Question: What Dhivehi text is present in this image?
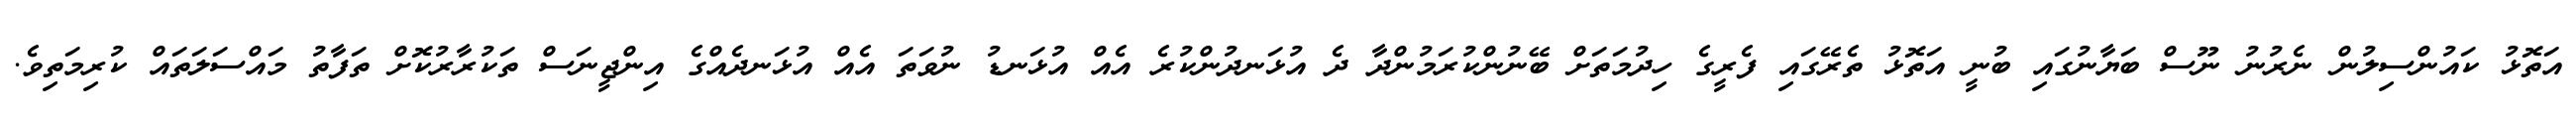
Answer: އަތޮޅު ކައުންސިލުން ނެރުނު ނޫސް ބަޔާނުގައި ބުނީ އަތޮޅު ތެރޭގައި ފެރީގެ ހިދުމަތަށް ބޭނުންކުރަމުންދާ ދެ އުޅަނދުންކުރެ އެއް އުޅަނޑު ނުވަތަ އެއް އުޅަނދެއްގެ އިންޖީނަސް ތަކުރާރުކޮށް ތަފާތު މައްސަލަތައް ކުރިމަތިވެ.